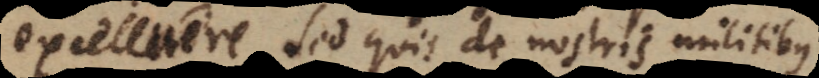
excelluere. Sed quis de nostris militibus